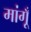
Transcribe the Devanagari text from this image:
मांगूँ